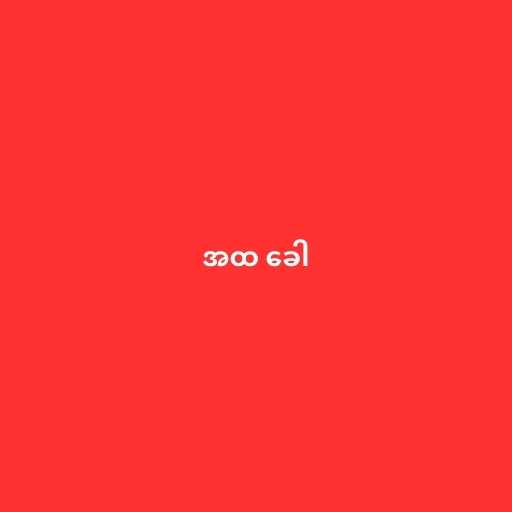
အထ ခေါ